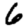
Digit: 6